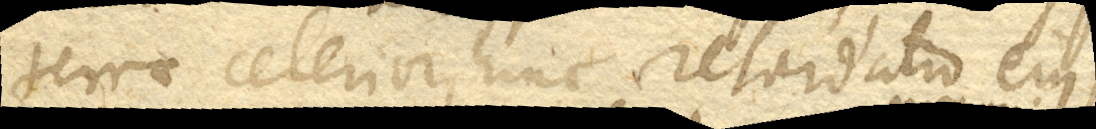
terrae celerior, hinc retardatio ejus,